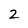
Character: 2